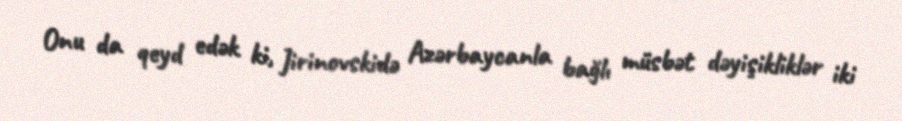
Onu da qeyd edək ki, Jirinovskidə Azərbaycanla bağlı müsbət dəyişikliklər iki